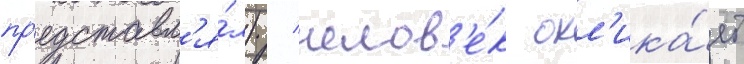
пр'едставл'я́л) / челов'е́к окл'ика́ет